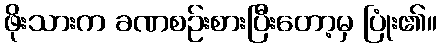
ဖိုးသားက ခဏစဉ်းစားပြီးတော့မှ ပြုံး၏။